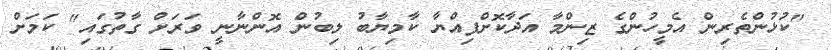
"ކުޅުންތެރިން އެމީހުންގެ ޒިންމާ އަދާކޮށްފިއްޔާ ކާމިޔާބު ލިބުން އޮންނާނީ ވަރަށް ގާތުގައި" ކަމަށް